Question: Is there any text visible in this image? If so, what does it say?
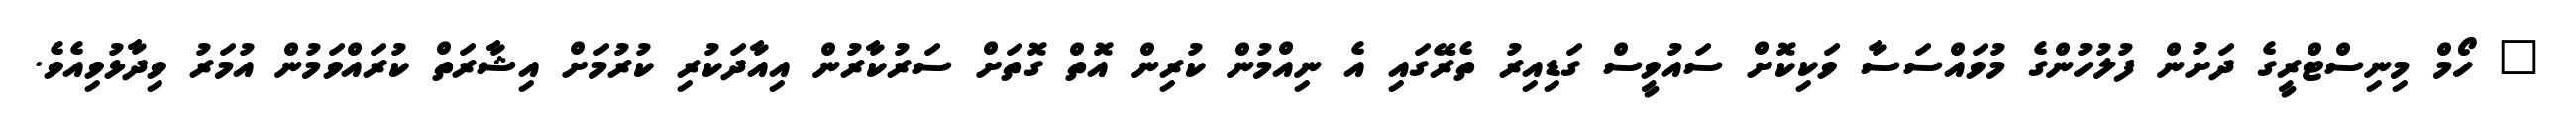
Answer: " ހޯމް މިނިސްޓްރީގެ ދަށުން ފުލުހުންގެ މުވައްސަސާ ވަކިކޮށް ސައުވީސް ގަޑިއިރު ތެރޭގައި އެ ނިއްމުން ކުރިން އޮތް ގޮތަށް ސަރުކާރުން އިއާދަކުރި ކުރުމަށް އިޝާރަތް ކުރައްވަމުން އުމަރު ވިދާޅުވިއެވެ.